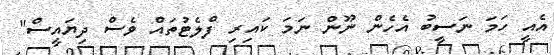
އެއީ ހަމަ ނަސީބު އެހެން ނޫން ނަމަ ކައިރި ފްލެޓުތައް ވެސް ދިޔައީސް"